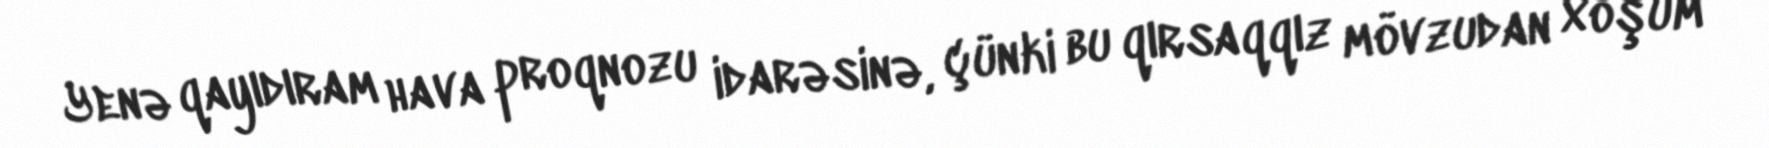
Yenə qayıdıram hava proqnozu idarəsinə, çünki bu qırsaqqız mövzudan xoşum